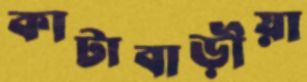
কাটাবাড়ীয়া